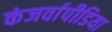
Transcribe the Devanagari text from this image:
कंजर्वापीडिया